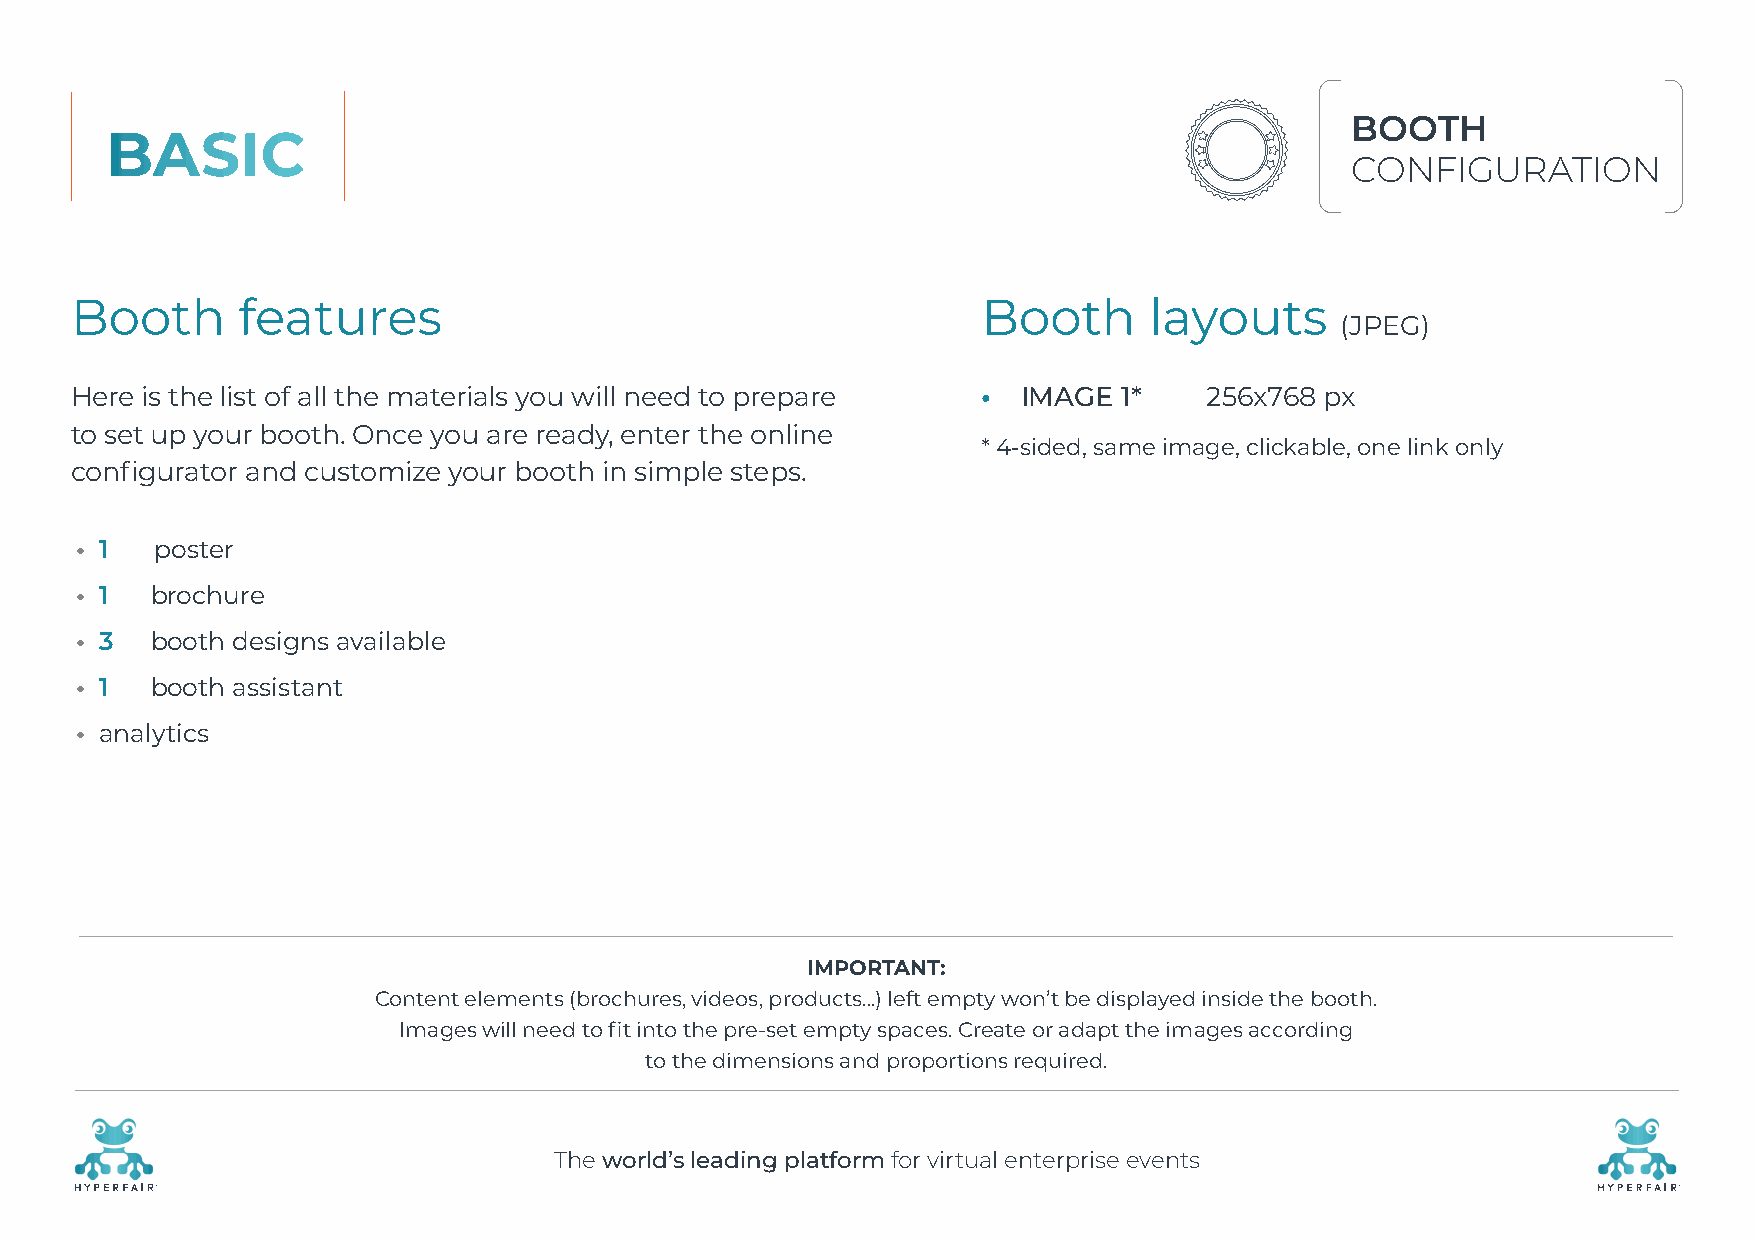
BOOTH
 BASIC
 CONFIGURATION
 Booth      features                                         Booth      layouts
 (JPEG)
 Here is the list of all the materials you will need to prepare • IMAGE 1*  256x768 px
 to set up your booth. Once you are ready, enter the online
 * 4-sided, same image, clickable, one link only
 configurator and customize your booth in simple steps.
 • 1  poster
 • 1  brochure
 • 3  booth designs available
 • 1  booth assistant
 • analytics
 IMPORTANT:
 Content elements (brochures, videos, products…) left empty won’t be displayed inside the booth.
 Images will need to fit into the pre-set empty spaces. Create or adapt the images according
 to the dimensions and proportions required.
 The world’s leading platform for virtual enterprise events
 R                                                                                                    R